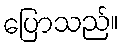
ပြောသည်။